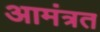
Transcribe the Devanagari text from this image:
आमंत्रत